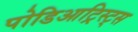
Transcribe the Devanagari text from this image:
पोडिआट्रिस्ट्स